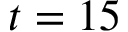
t = 1 5